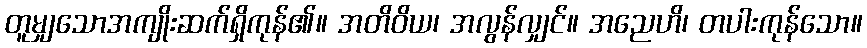
တူမျှသောအကျိုးဆက်ရှိကုန်၏။ အတိဝိယ၊ အလွန်လျှင်။ အညေဟိ၊ တပါးကုန်သော။